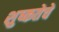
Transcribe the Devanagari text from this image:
शुष्कतेचे